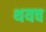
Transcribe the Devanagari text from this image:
थयच